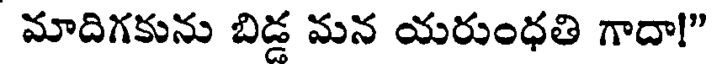
మాదిగకును బిడ్డ మన యరుంధతి గాదా!"